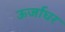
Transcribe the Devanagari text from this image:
ऊर्जाघर